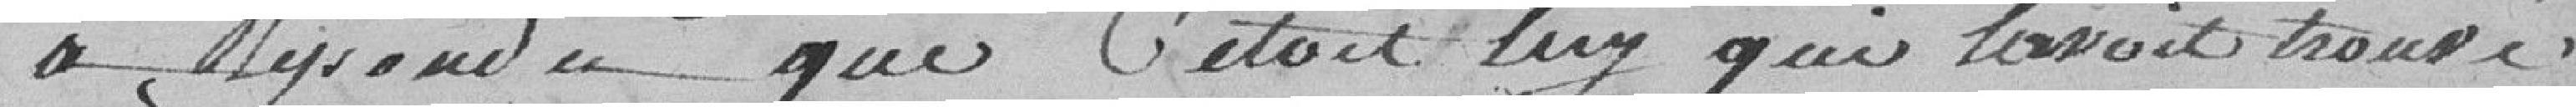
Répond que c'était lui qui l'avait trouvé